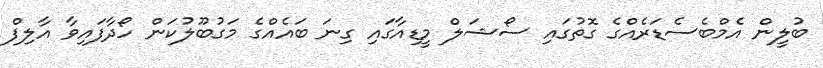
ބުލީން އެމްބެސެޑަރެއްގެ ގޮތުގައި ސޯޝަލް މީޑިއާގައި ގިނަ ބައެއްގެ މަގުބޫލުކަން ހޯދާފައިވާ އާލިފް